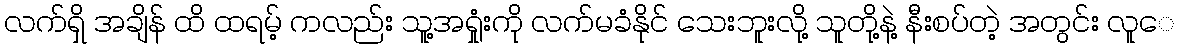
လက်ရှိ အချိန် ထိ ထရမ့် ကလည်း သူ့အရှုံးကို လက်မခံနိုင် သေးဘူးလို့ သူတို့နဲ့ နီးစပ်တဲ့ အတွင်း လူေ